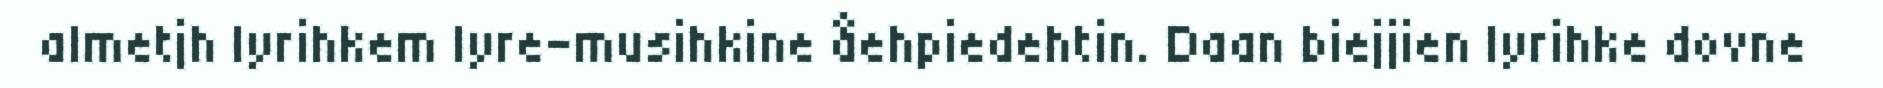
almetjh lyrihkem lyre-musihkine åehpiedehtin. Daan biejjien lyrihke dovne